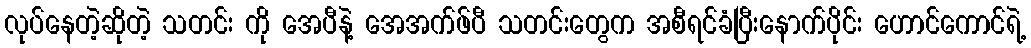
လုပ်နေတဲ့ဆိုတဲ့ သတင်း ကို အေပီနဲ့ အေအက်ဖ်ပီ သတင်းတွေက အစီရင်ခံပြီးနောက်ပိုင်း ဟောင်ကောင်ရဲ့